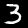
Digit: 3